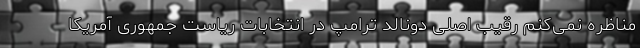
مناظره نمی‌کنم رقیب اصلی دونالد ترامپ در انتخابات ریاست جمهوری آمریکا